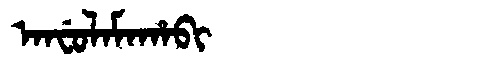
Manchu: ᠠᠨᠸᡠᠯᠠᠮᠠᡥᠠᠪᡳ
Romanization: ANFULAMAHABI